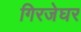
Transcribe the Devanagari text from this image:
गिरजेघर